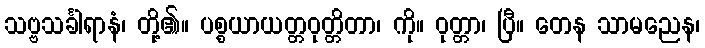
သဗ္ဗသင်္ခါရာနံ၊ တို့၏။ ပစ္စယာယတ္တဝုတ္တိတာ၊ ကို။ ဝုတ္တာ၊ ပြီ။ တေန သာမညေန၊